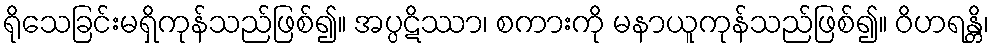
ရိုသေခြင်းမရှိကုန်သည်ဖြစ်၍။ အပ္ပဋိဿာ၊ စကားကို မနာယူကုန်သည်ဖြစ်၍။ ဝိဟရန္တိ၊